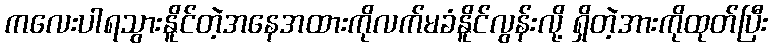
ကလေးပါရသွားနိူင်တဲ့အနေအထားကိုလက်မခံနိူင်လွန်းလို့ ရှိတဲ့အားကိုထုတ်ပြီး